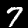
Digit: 7